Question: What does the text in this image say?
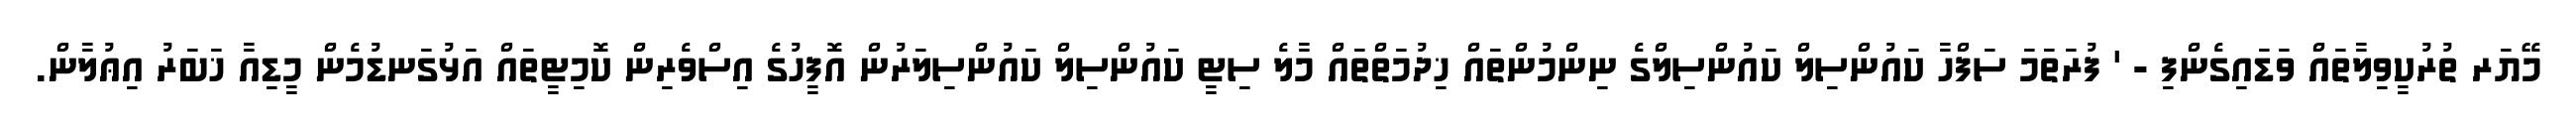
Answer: މޭޔަރ ތުރުކީވިލާތައް ވަޑައިގެންފި - ' ފުރަތަމަ ސަފްހާ ކައުންސިލް ކައުންސިލްގެ ނިންމުންތައް ޚިދުމަތްތައް މާލެ ސިޓީ ކައުންސިލް ކައުންސިލަރުން އޮފީހުގެ އިސްވެރިން ކޮމިޓީތައް އަޅުގަނޑުމެން މީޑިއާ ޚަބަރު އިޢުލާން.